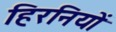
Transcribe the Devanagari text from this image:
हिरनियों